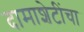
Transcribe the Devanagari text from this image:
दामाशेटींचा